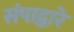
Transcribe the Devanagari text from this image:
संपाद्वारे